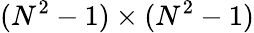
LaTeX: (N^{2}-1)\times(N^{2}-1)